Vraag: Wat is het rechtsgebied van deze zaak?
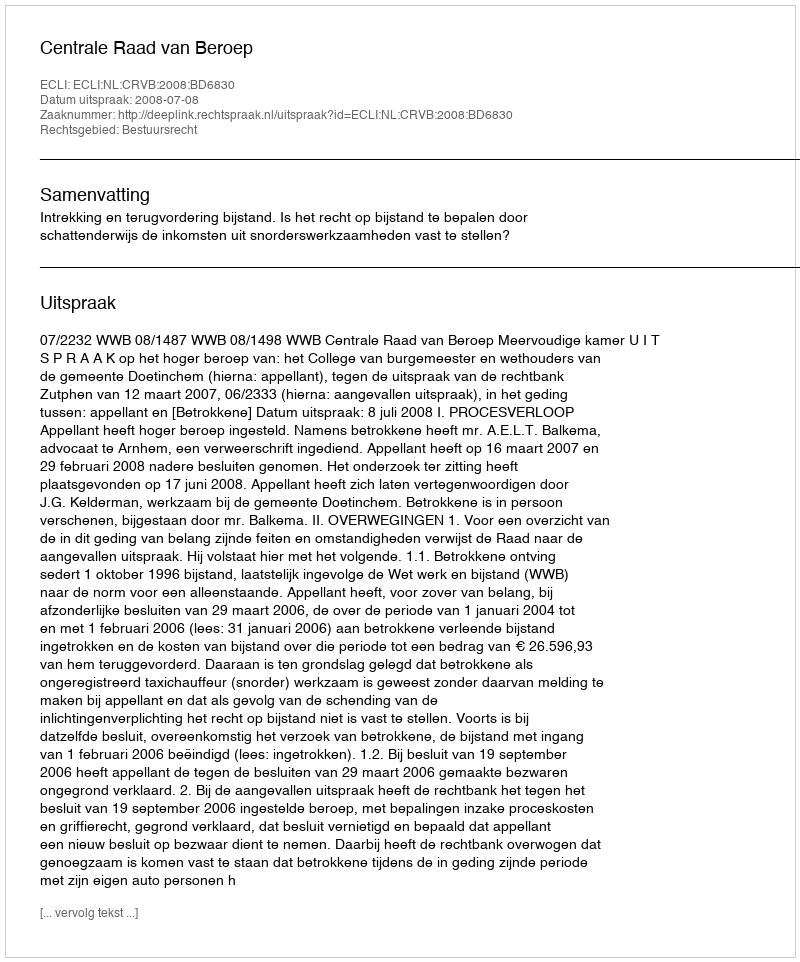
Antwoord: Bestuursrecht